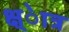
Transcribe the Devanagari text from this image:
क्ष्ेात्र